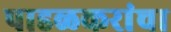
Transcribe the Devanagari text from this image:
पाडळकरांचा